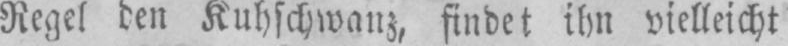
Regel den Kuhschwanz, findet ihn vielleicht